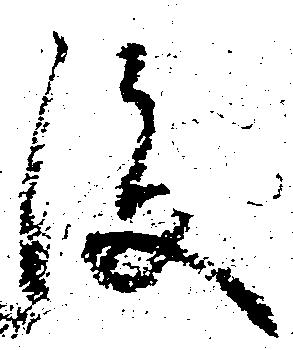
後